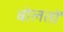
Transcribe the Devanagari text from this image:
बोलतों